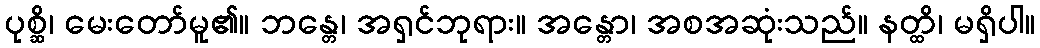
ပုစ္ဆိ၊ မေးတော်မူ၏။ ဘန္တေ၊ အရှင်ဘုရား။ အန္တော၊ အစအဆုံးသည်။ နတ္ထိ၊ မရှိပါ။